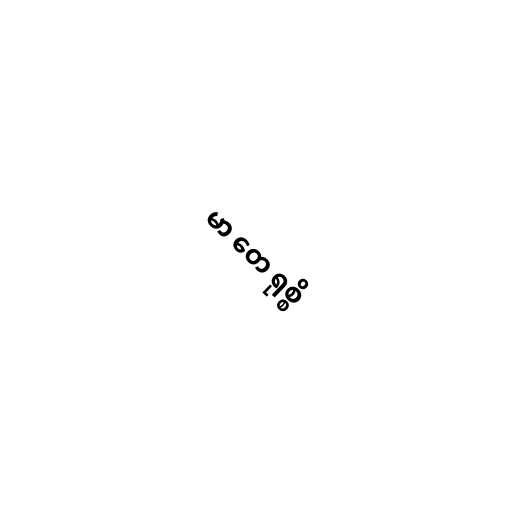
မာ တေ ရုစ္စိ